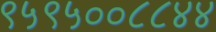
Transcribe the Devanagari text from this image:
९५९५००८८४४